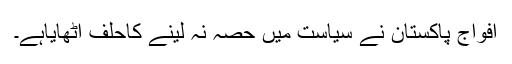
افواج پاکستان نے سیاست میں حصہ نہ لینے کاحلف اٹھایاہے۔